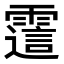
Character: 𬰊